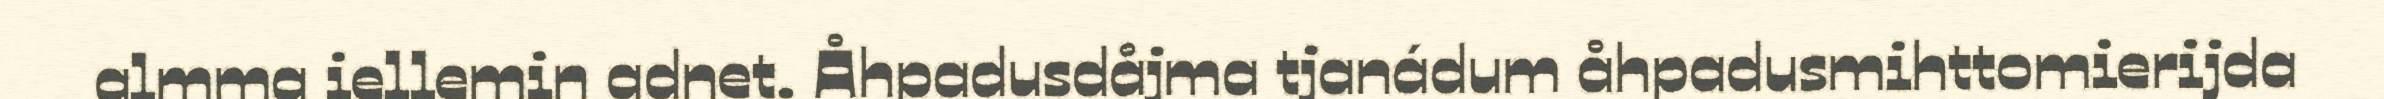
almma iellemin adnet. Åhpadusdåjma tjanádum åhpadusmihttomierijda